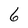
Character: 6